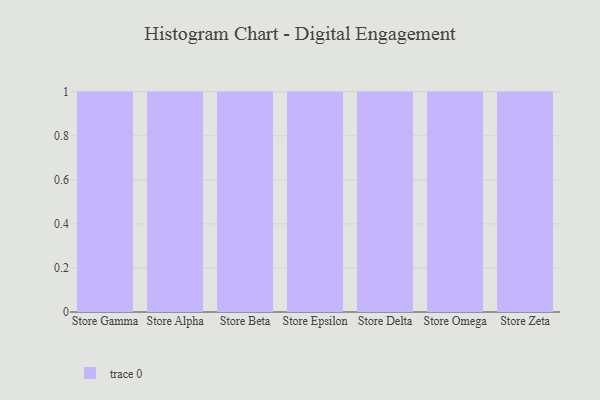
{"axis": {"x": "Store", "y": "Bounce Rate (%)"}, "legend": [""], "data": [{"x": "Store Gamma", "y": 35, "type": ""}, {"x": "Store Alpha", "y": 36, "type": ""}, {"x": "Store Beta", "y": 9, "type": ""}, {"x": "Store Epsilon", "y": 39, "type": ""}, {"x": "Store Delta", "y": 7, "type": ""}, {"x": "Store Omega", "y": 39, "type": ""}, {"x": "Store Zeta", "y": 100, "type": ""}]}